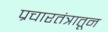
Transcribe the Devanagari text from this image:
प्रचारतंत्रातून